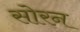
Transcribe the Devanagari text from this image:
सोरन